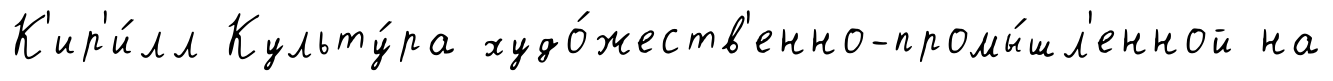
К'ир'и́лл Культу́ра худо́жеств'енно-промы́шл'енной на